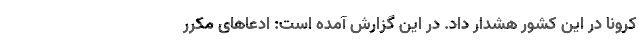
کرونا در این کشور هشدار داد. در این گزارش آمده است: ادعا‌های مکرر